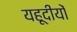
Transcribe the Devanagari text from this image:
यहूदीयों